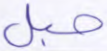
حبل